Vaccination Hyderabad 1872-1889 - 1872-1889
Year: 1872
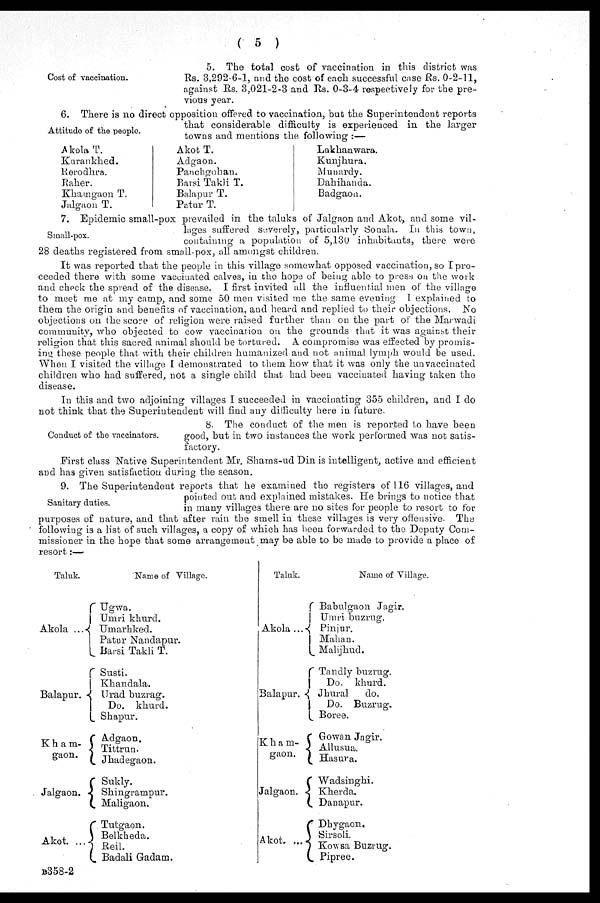
( 5 )
Cost of vaccination.
5. The total cost of vaccination in this district was
Rs. 3,292-6-1, and the cost of each successful case Rs. 0-2-11,
against Rs. 3,021-2-3 and Rs. 0-3-4 respectively for the pre-
vious year.
Attitude of the people.
6. There is no direct opposition offered to vaccination, but the Superintendent reports
that considerable difficulty is experienced in the larger
towns and mentions the following :—
Akola T.
Kurankhed.
Rerodhra.
Raher.
Khamgaon T.
Jalgaon T.
Akot T.
Adgaon.
Panchgohan.
Barsi Takli T.
Balapur T.
Patur T.
Lakhanwara.
Kunjhura.
Munardy.
Dahihanda.
Badgaon.
Small-pox.
7. Epidemic small-pox prevailed in the taluks of Jalgaon and Akot, and some vil-
lages suffered severely, particularly Sonala. In this town,
containing a population of 5,130 inhabitants, there were
28 deaths registered from small-pox, all amongst children.
It was reported that the people in this village somewhat opposed vaccination, so I pro-
ceeded there with some vaccinated calves, in the hope of being able to press on the work
and check the spread of the disease. I first invited all the influential men of the village
to meet me at my camp, and some 50 men visited me the same evening I explained to
them the origin and benefits of vaccination, and heard and replied to their objections. No
objections on the score of religion were raised further than on the part of the Marwadi
community, who objected to cow vaccination on the grounds that it was against their
religion that this sacred animal should be tortured. A compromise was effected by promis-
ing these people that with their children humanized and not animal lymph would be used.
When I visited the village I demonstrated to them how that it was only the unvaccinated
children who had suffered, not a single child that had been vaccinated having taken the
disease.
In this and two adjoining villages I succeeded in vaccinating 355 children, and I do
not think that the Superintendent will find any difficulty here in future.
Conduct of the vaccinators.
8. The conduct of the men is reported to have been
good, but in two instances the work performed was not satis-
factory.
First class Native Superintendent Mr. Shams-ud Din is intelligent, active and efficient
and has given satisfaction during the season.
Sanitary duties.
9. The Superintendent reports that he examined the registers of 116 villages, and
pointed out and explained mistakes. He brings to notice that
in many villages there are no sites for people to resort to for
purposes of nature, and that after rain the smell in these villages is very offensive. The
following is a list of such villages, a copy of which has been forwarded to the Deputy Com-
missioner in the hope that some arrangement may be able to be made to provide a place of
resort :—
Taluk.
Akola ...
Balapur.
Kham¬
gaon.
Jalgaon.
Akot. ...
Name of Village.
Ugwa.
Umri khurd.
Umarhked.
Patur Nandapur.
Barsi Takli T.
Susti.
Khandala.
Urad buzrag.
Do. khurd.
Shapur.
Adgaon.
Tittrun.
Jhadegaon.
Sukly.
Shingrampur.
Maligaon.
Tutgaon.
Belkheda.
Reil.
Badali Gadam.
Taluk.
Akola
Balapur.
Kham¬
gaon.
Jalgaon.
Akot. ...
Name of Village.
Babulgaon Jagir.
Umri buzrug.
Pinjur.
Mahan.
Malijhud.
Tandly buzrug.
Do. khurd.
Jhural
do.
Do. Buzrug.
Boree.
Gowan Jagir.
Allusua.
Hasura.
Wadsinghi.
Kherda.
Danapur.
Dhygaon.
Sirsoli.
Kowsa Buzrug.
Pipree.
B358-2